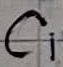
Text: C1